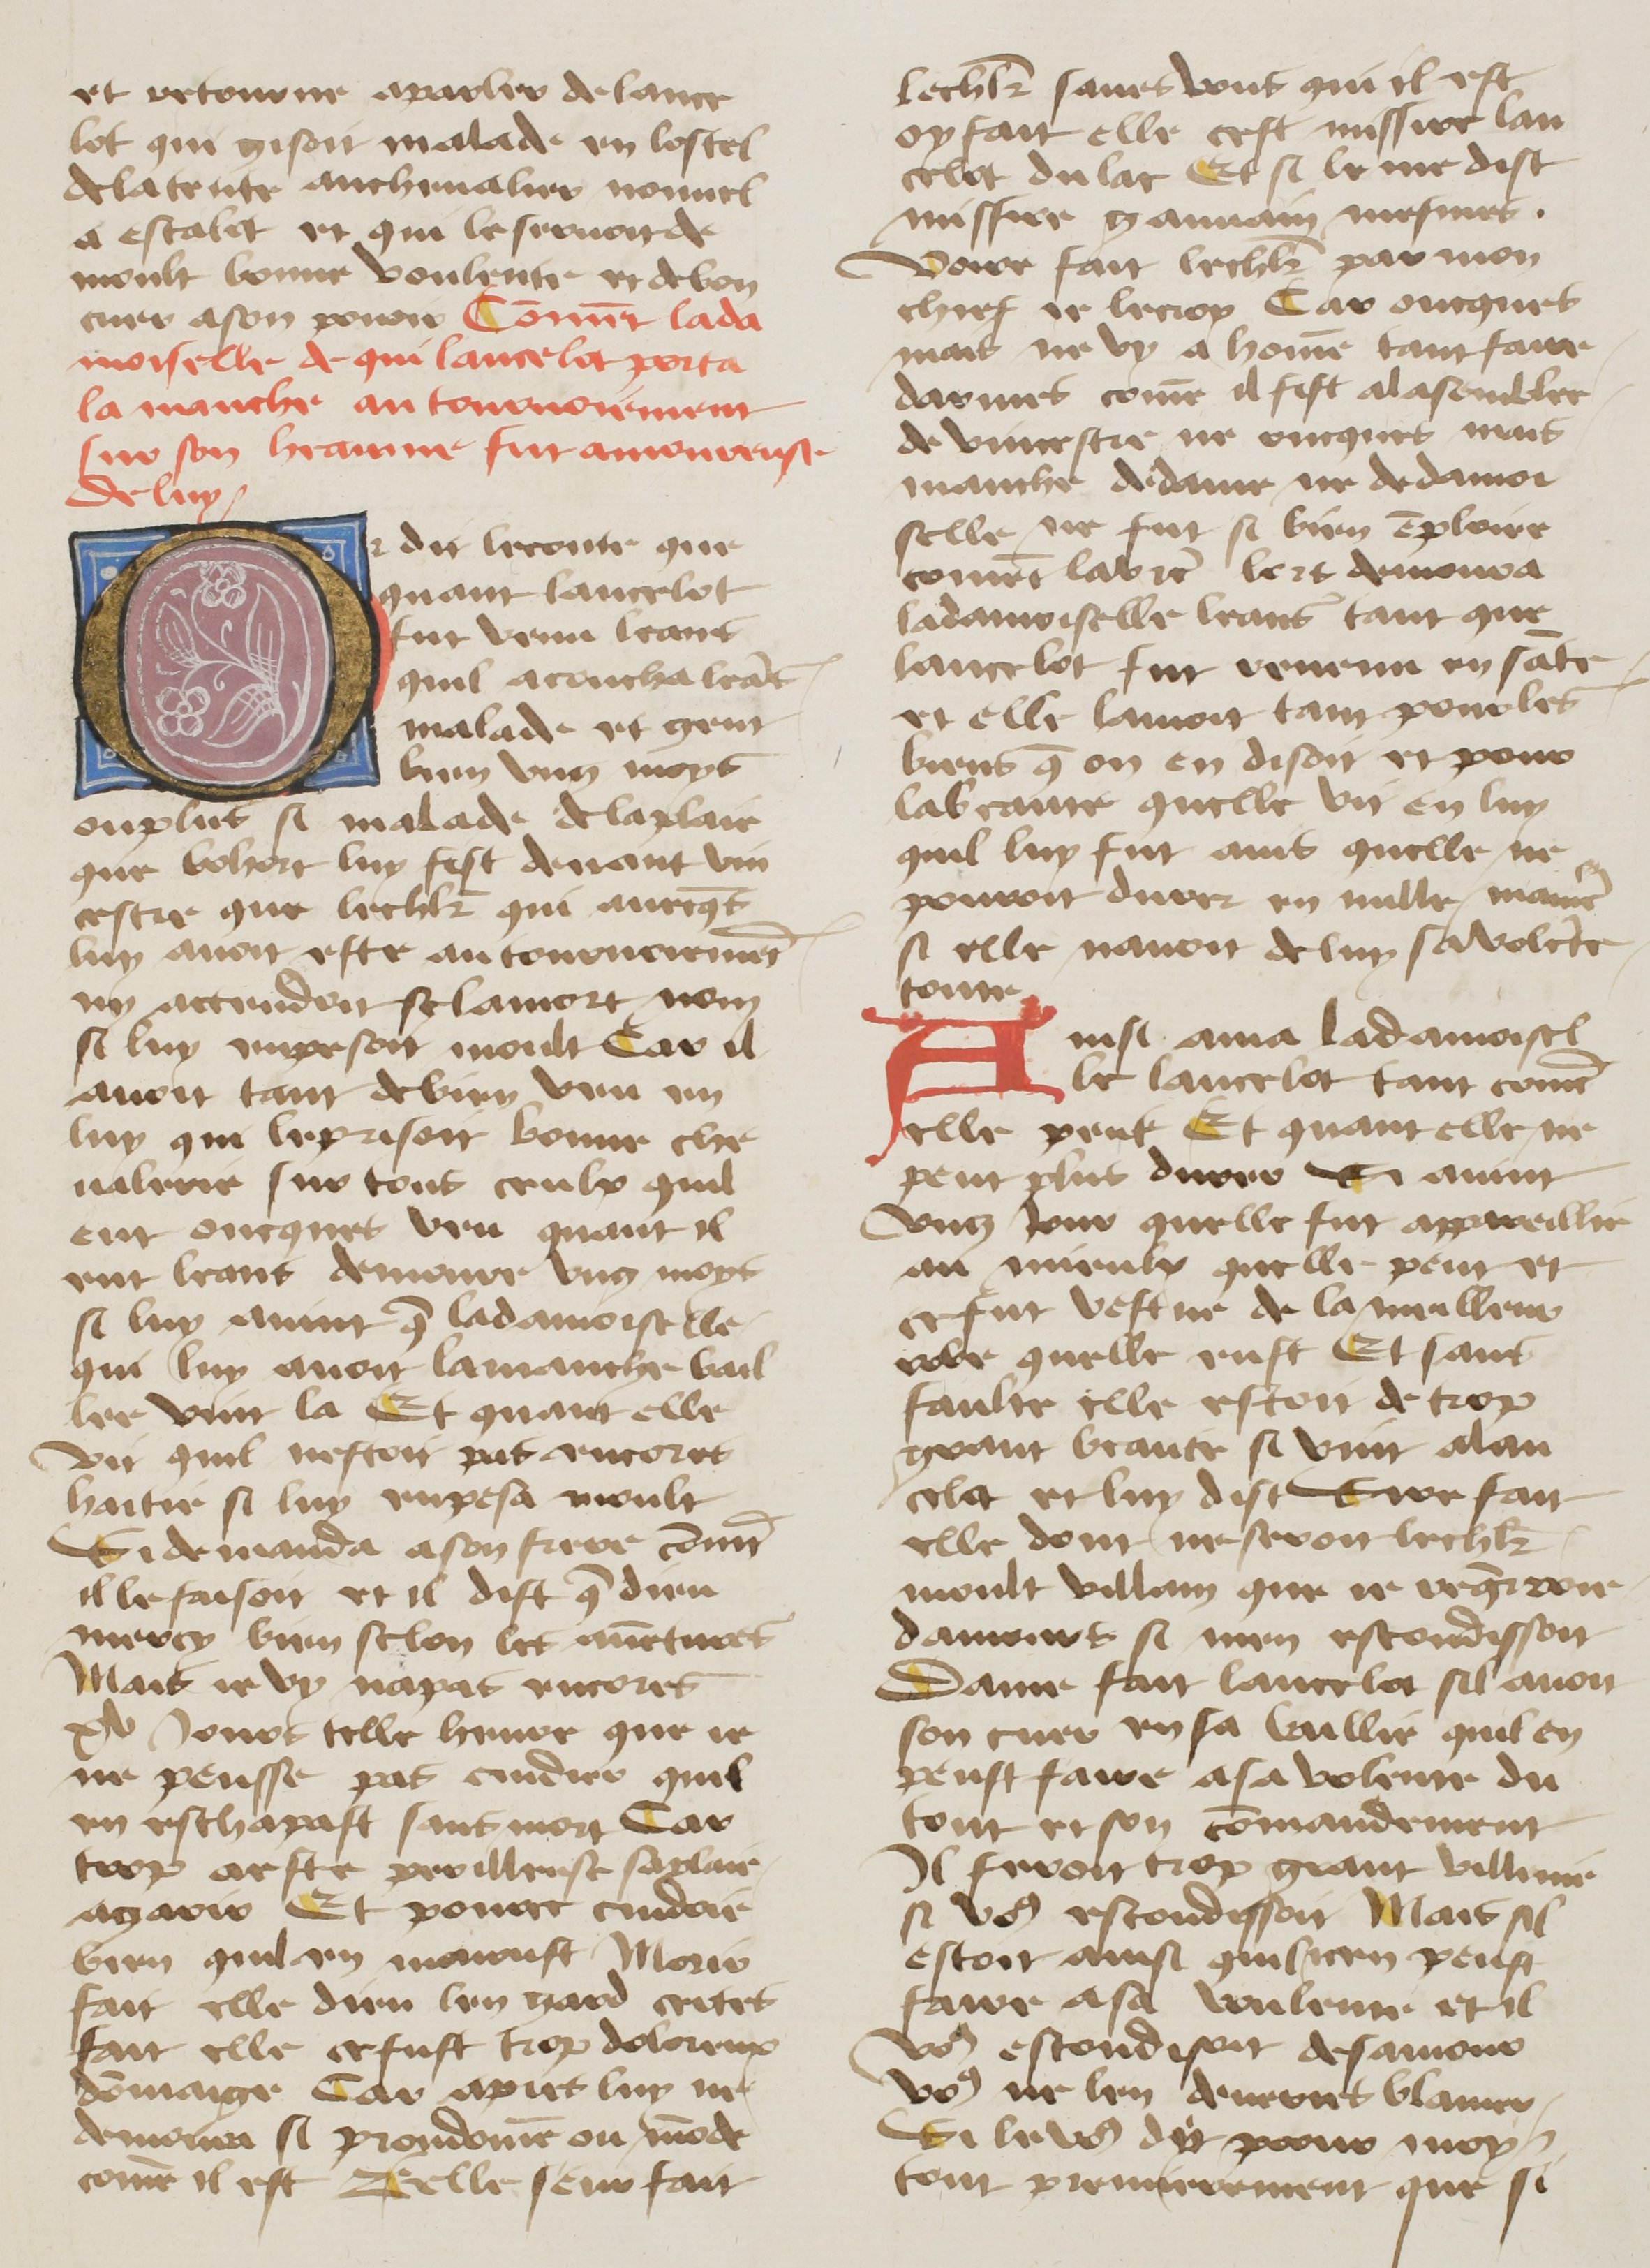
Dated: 1400–1499